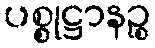
ပစ္စုဋ္ဌာနဉ္စ